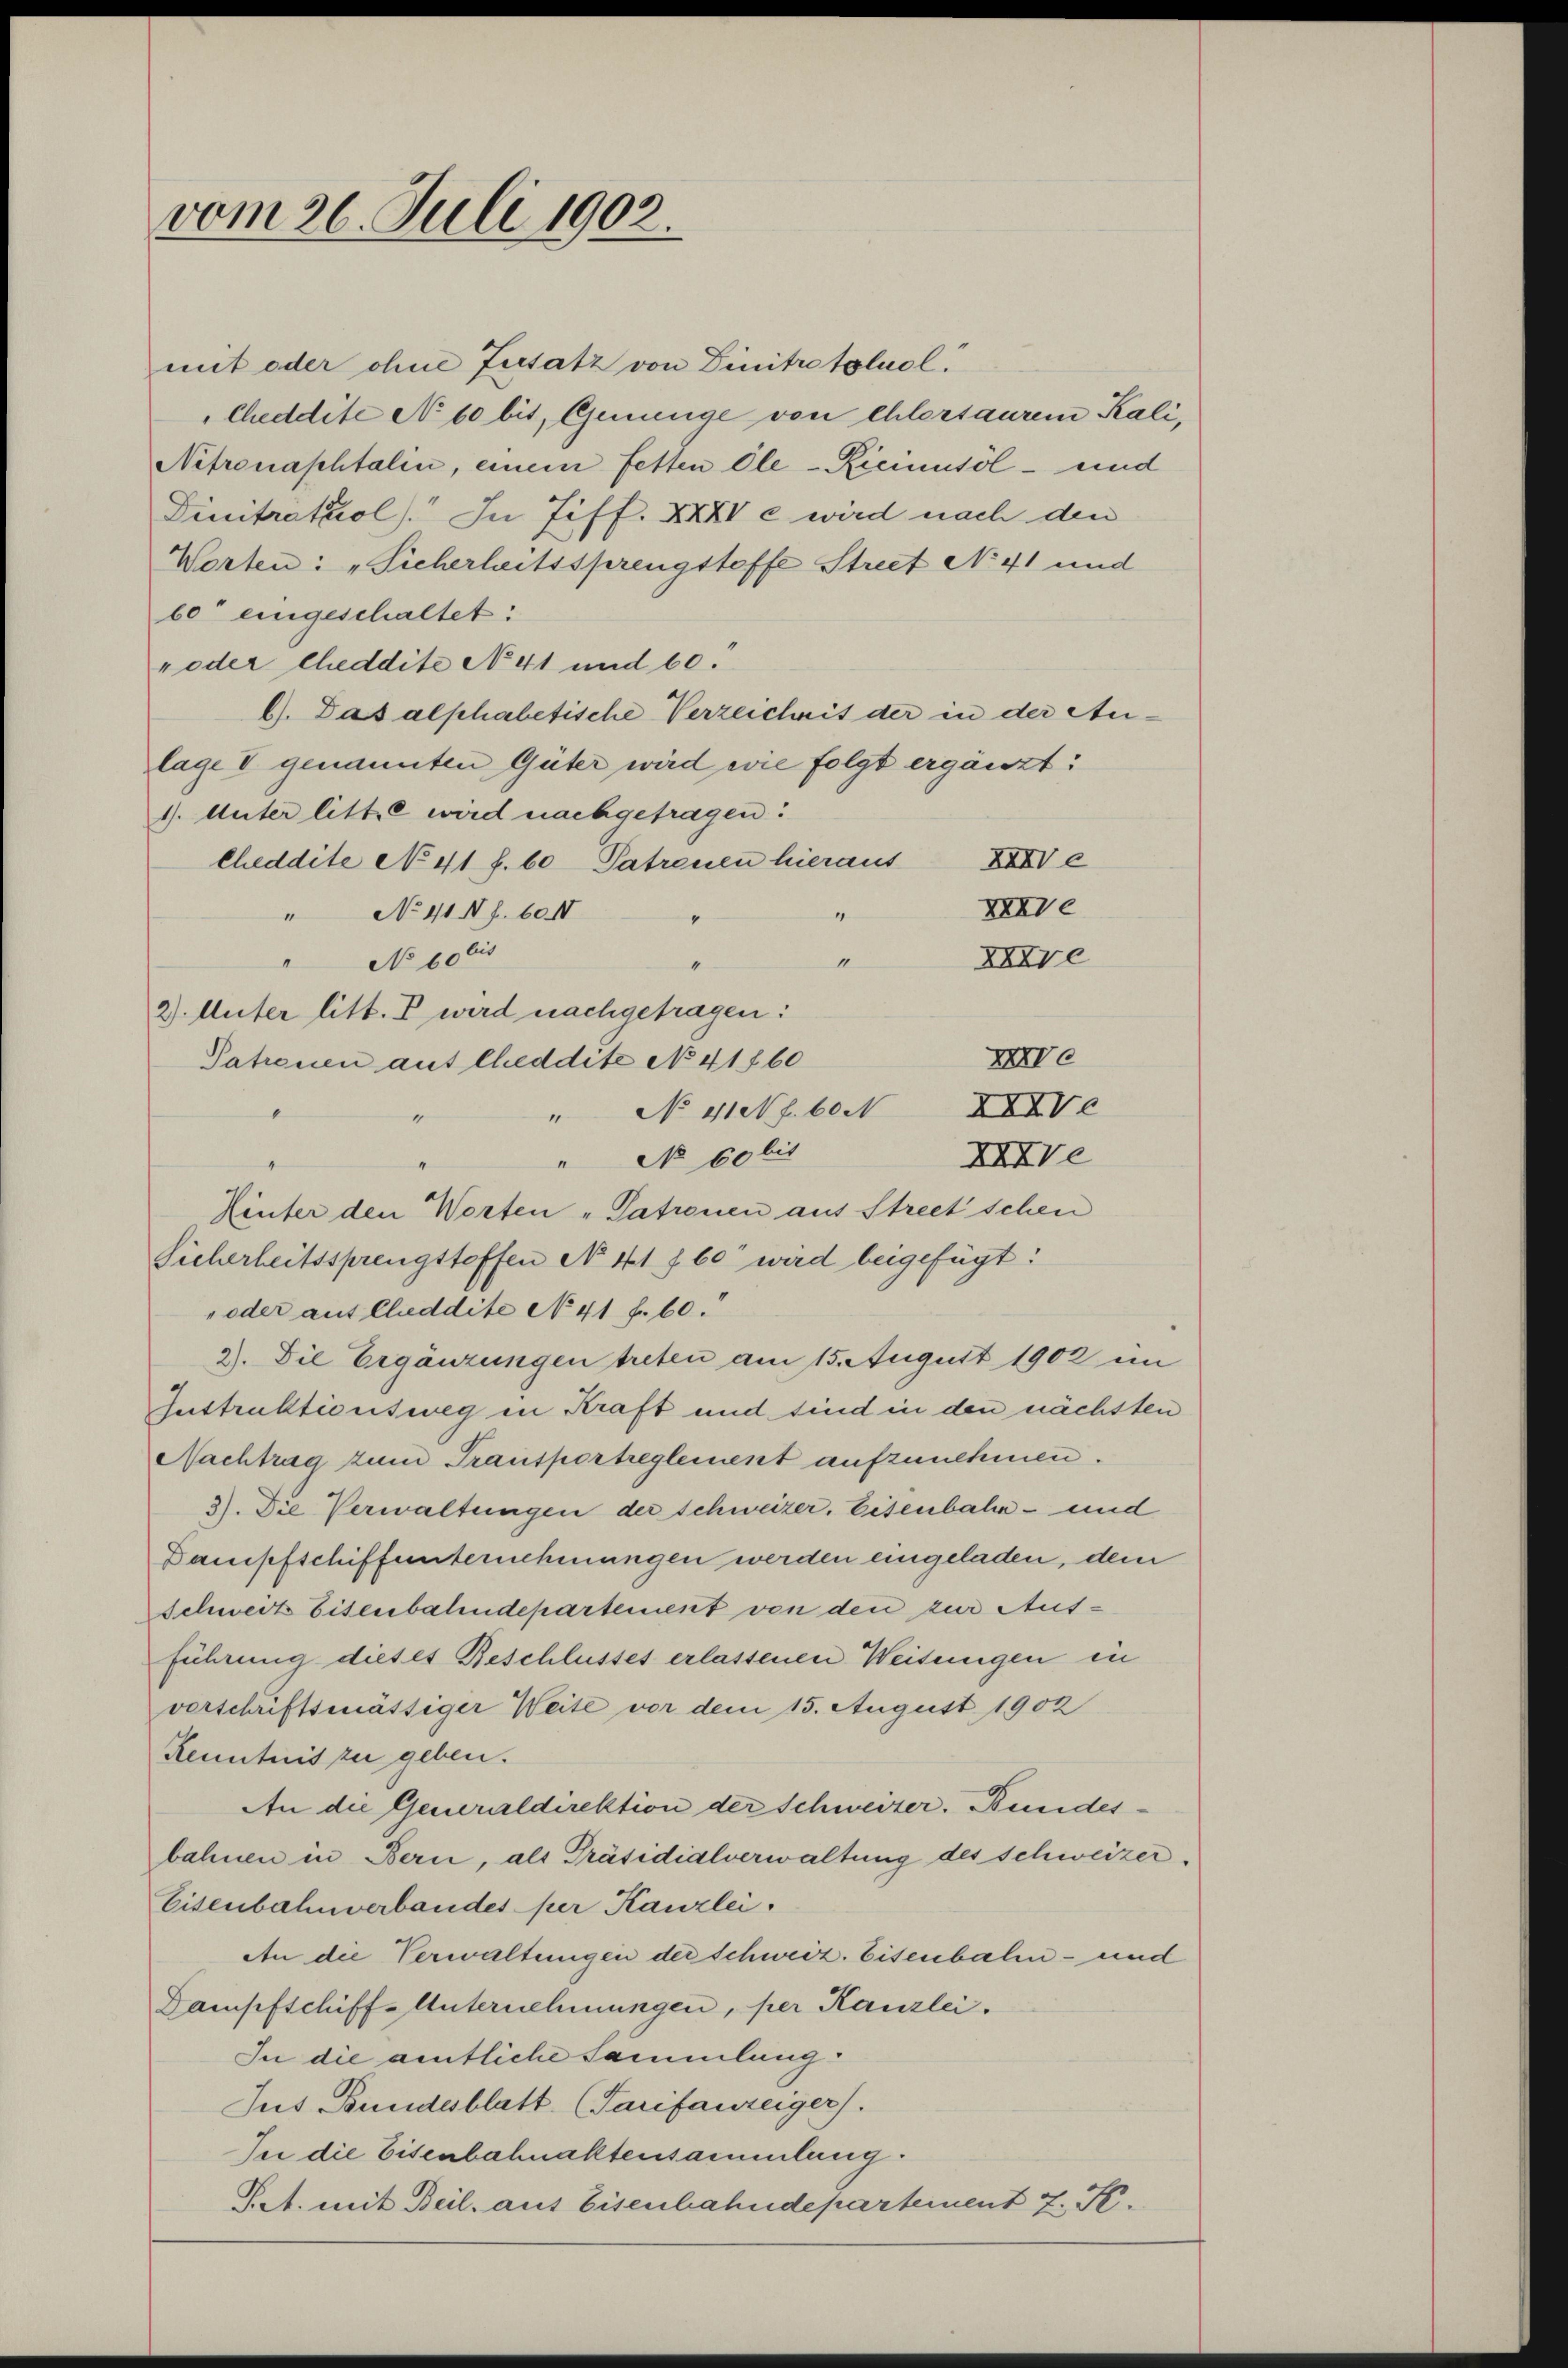
vom 26. Juli 1902.

mit oder ohne Zusatz von Dinitretgluol.
Cheddite No 60 bis, Genunge von ehlersaurem Kali,
Nitronaphtalin, einem fetten Ele-Ricimusöl- und
Dinitratiol). In Ziff. XXXI e wird nach den
Worten: „Sicherheitssprengstoffe Street No 41 und
60 eingeschaltet:
" oder Cheddite No. 41 und 60.
6). Das alphabetische Verzeichnis der in der Au-
lage V genannten Güter wird wie folgt ergänzt:
1). Unter litte wird nachgetragen.
Cheddite No 41 f. 60 Patronen hieraus XXIV e
XXVe
" No 414 f. 604
"
XXre
1
 No 1061
4
2). Unter litt. V wird nachgetragen:
XXe
Patronen aus Cheddite No 41860
XXXVe
" No 41 f. 60 M
x
" No 60 bis
XXVe
Hinter den Worten „Patronen aus Streetschen
Sicherheitssprengstoffen No. 41 f. 60 wird beigefügt:
„oder auf Cleddite No 41 f. 60.
3). Die Ergänzungen treten am 15. August 1902 im
Instruktionsweg in Kraft und sind in den nächsten
Nachtrag zum Transportreglement aufzunehmen.
3). Die Verwaltungen der Schweizer, Eisenbahn- und
Dampfschiffunternehmungen werden eingeladen, dem
Schwert Eisenbahndepartement von den zur Ausführung dieses Beschlusses erlassenen Weisungen in
verschriftsmässiger Weite vor dem 15. August 1902
Kenntnis zu geben.
An die Generaldirektion der Schweizer. Bundesbahnen in Bern, als Präsidialverwaltung des Schweizer.
Eisenbahnverbandes per Kanzlei.
An die Verwaltungen der schweiz. Eisenbahn- und
Dampfschiff-Unternehmungen, per Kanzlei.
In die amtliche Sammlung
Jus Bundesblatt (Tarifauzeiger.
In die Eisenbahnaktensammlung.
Pt. mit Beil. aus Eisenbahndepartement 7. St.